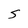
Character: S